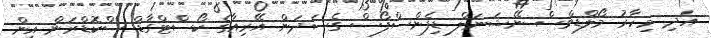
އަދި މިހާރު މޯލްޑިވްސް ނޭޝަނަލް ޑިފެންސްފޯސް ގެސަދަން އޭރިއާގެ ކޯސްޓްގާޑް ސްކޮޑްރަން އިން